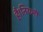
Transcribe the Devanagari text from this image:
है।नियमों